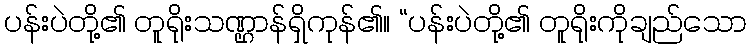
ပန်းပဲတို့၏ တူရိုးသဏ္ဌာန်ရှိကုန်၏။ “ပန်းပဲတို့၏ တူရိုးကိုချည်သော